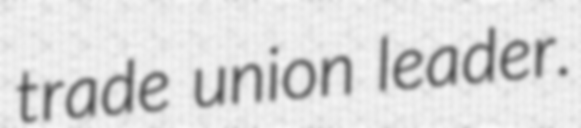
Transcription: trade union leader.